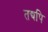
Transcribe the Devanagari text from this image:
तद्यपि